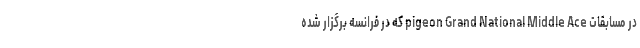
در مسابقات pigeon Grand National Middle Ace که در فرانسه برگزار شده